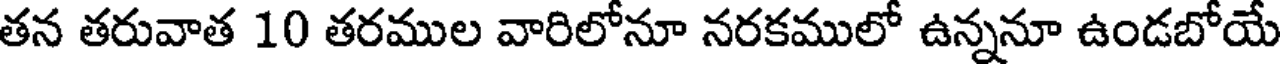
తన తరువాత 10 తరముల వారిలోనూ నరకములో ఉన్ననూ ఉండబోయే